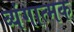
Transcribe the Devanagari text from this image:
व्‍यंगात्‍मक